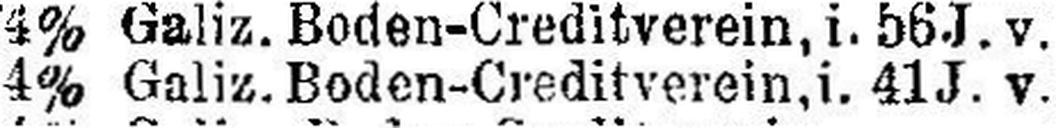
4% Galiz. Boden-Creditverein, i. 41 J. v.